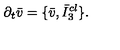
\partial _ { t } \bar { v } = \{ \bar { v } , \bar { I } _ { 3 } ^ { c l } \} .